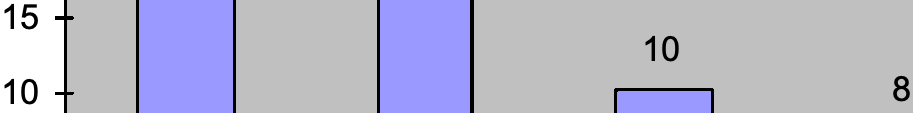
15 10 10                           8